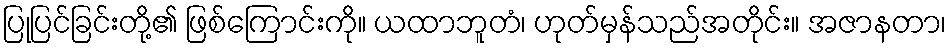
ပြုပြင်ခြင်းတို့၏ ဖြစ်ကြောင်းကို။ ယထာဘူတံ၊ ဟုတ်မှန်သည်အတိုင်း။ အဇာနတာ၊